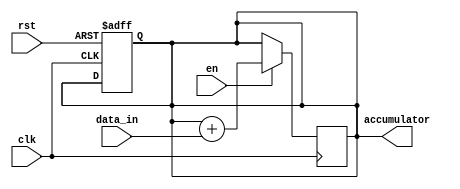
module accumulator (
    input clk,
    input rst,
    input en,
    input [7:0] data_in,
    output reg [15:0] accumulator
);

// Register to store the accumulated value
reg [15:0] reg_accumulator;

// Reset logic
always @(posedge clk or posedge rst)
begin
    if (rst)
        reg_accumulator <= 16'b0; // Clear accumulator
end

// Accumulation logic
always @(posedge clk)
begin
    if (en)
        reg_accumulator <= reg_accumulator + data_in; // Perform addition
end

// Output accumulator value
assign accumulator = reg_accumulator;

endmodule